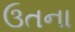
ઉતના